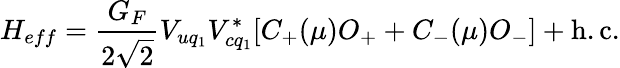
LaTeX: H_{eff}=\frac{G_{F}}{2\sqrt 2}V_{uq_{1}}V_{cq_{1}}^{*}[C_{+}(\mu)O_{+}+C_{-}(\mu)O_{-}]+\mathrm{h.c.}